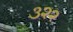
૩૨૨